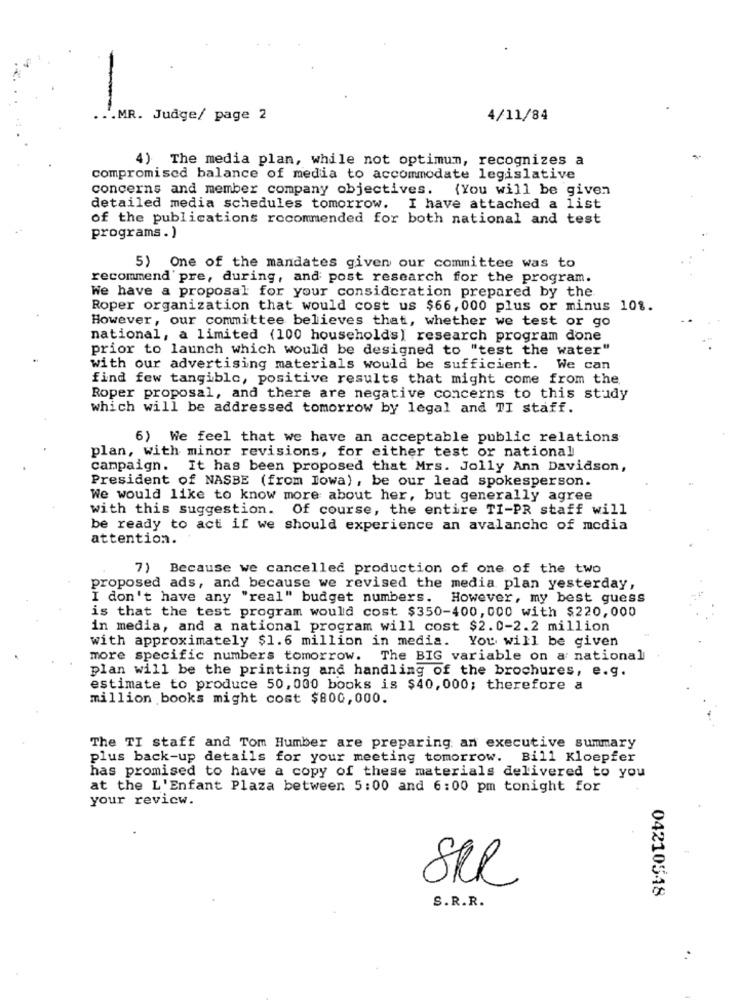
... MR. Judge/ page 2
4/11/84
4) The media plan, while not optimum, recognizes a
compromised balance of media to accommodate legislative
concerns and member company objectives.
{You will be given
detailed media schedules tomorrow. I have attached a list
of the publications recommended for both national and test
programs. )
5) One of the mandates given our committee was to
recommend pre, during, and post research for the program.
We have a proposal for your consideration prepared by the
Roper organization that would cost us $66, 000 plus or minus 101.
However, our committee believes that, whether we test or go
national, a limited (100 households) research program done
prior to launch which would be designed to "test the water"
with our advertising materials would be sufficient. We can
find few tangible, positive results that might come from the.
Roper proposal, and there are negative concerns to this study
which will be addressed tomorrow by legal and TI staff.
6) We feel that we have an acceptable public relations
plan, with minor revisions, for either test or national
campaign. It has been proposed that Mrs. Jolly Ann Davidson,
President of NASBE (from Iowa), be our lead spokesperson.
We would like to know more about her, but generally agree
with this suggestion. Of course, the entire TI-PR staff will
be ready to act if we should experience an avalanche of media
attention.
7) Because we cancelled production of one of the two
proposed ads, and because we revised the media plan yesterday,
I don't have any "real" budget numbers. However, my best guess
is that the test program would cost $350-400, 000 with $220,000
in media, and a national program will cost $2.0-2.2 million
with approximately $1.6 million in media. You will be given
more specific numbers tomorrow. The BIG variable on a national
plan will be the printing and handling of the brochures, e.g.
estimate to produce 50,000 books is $40,000; therefore a
million books might cost $800, 000.
The TI staff and Tom Humber are preparing an executive summary
plus back-up details for your meeting tomorrow. Bill Kloepfer
has promised to have a copy of these materials delivered to you
at the L'Enfant Plaza between 5:00 and 6:00 pm tonight for
your review.
SKR
04210548
S.R.R.
: